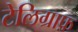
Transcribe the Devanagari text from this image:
टेलिग्राफ़